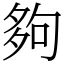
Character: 夠